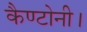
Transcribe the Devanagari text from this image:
कैण्टोनी।